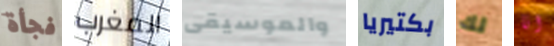
فجأة المغرب والموسيقى بكتيريا لك انا